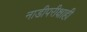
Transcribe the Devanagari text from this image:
नाडीपरीक्षाही